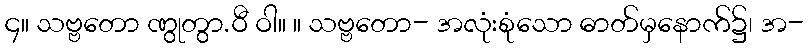
၄။ သဗ္ဗတော ဏွုတွာ.ဝီ ဝါ။ ။ သဗ္ဗတော- အလုံးစုံသော ဓာတ်မှနောက်၌၊ အ-